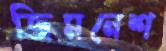
জিমনেশ